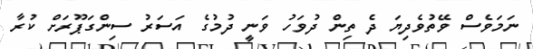
ނަމަވެސް ވޭތުވެދިޔަ ދެ ތިން ދުވަހު ވަނީ ދުމުގެ އަސަރު ސިންގަޕޫރަށް ކުރާ